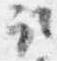
取